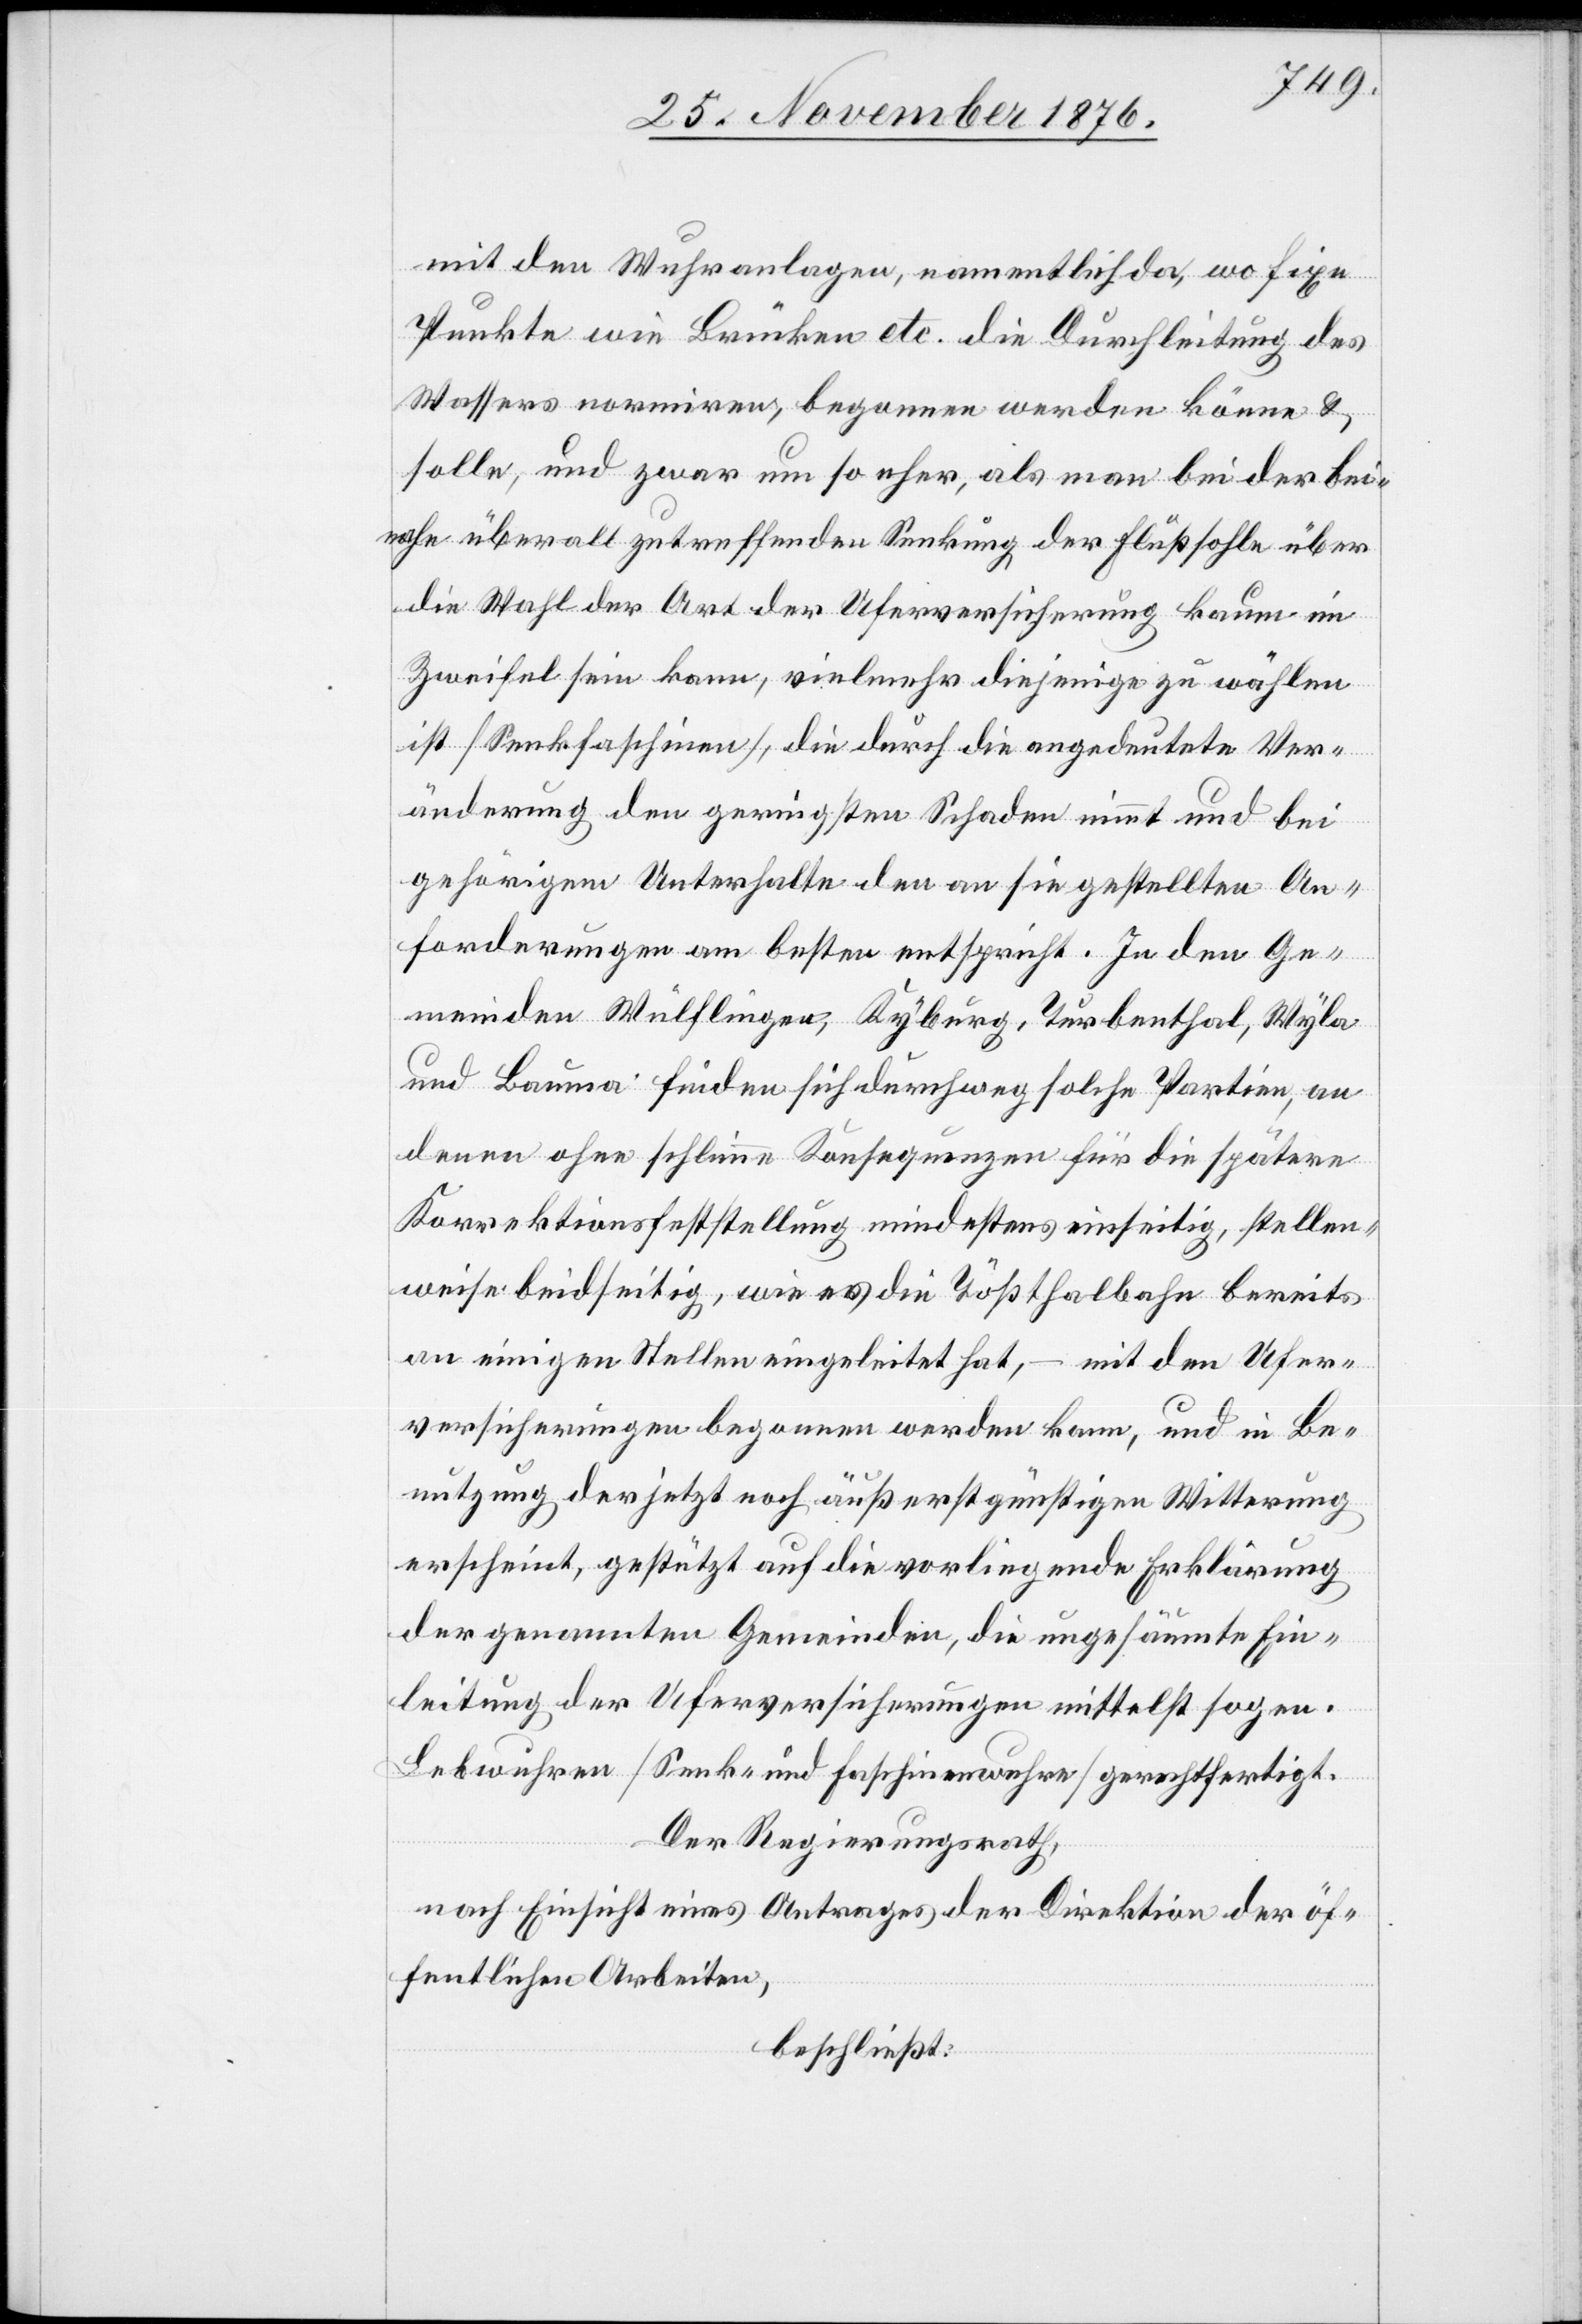
mit den Wuhranlagen, namentlich da, wo fixe
Punkte wie Brücken etc. die Durchleitung des
Wassers normiren begonnen werden könne &
solle, und zwar um so eher, als man bei der bei¬
nahe überall zutreffenden Senkung der Flußsohle über
die Wahl der Art der Uferversicherung kaum im
Zweifel sein kann, vielmehr diejenige zu wählen
ist [Senkfaschinen], die durch die angedeutete Ver¬
änderung den geringsten Schaden nimmt und bei
gehörigem Unterhalte den an sie gestellten An¬
forderungen am besten entspricht. In den Ge¬
meinden Wülflingen, Kyburg, Turbenthal, Wyla
und Bauma finden sich durchweg solche Partien, an
denen ohne schlimme Konsequenzen für die spätere
Korrektionsfeststellung mindestens einseitig, stellen¬
weise beidseitig, wie es die Tößthalbahn bereits
an einigen Stellen eingeleitet hat, – mit den Ufer¬
versicherungen begonnen werden kann, und in Be¬
nutzung der jetzt noch äußerst günstigen Witterung
erscheint, gestützt auf die vorliegende Erklärung
der genannten Gemeinden, die ungesäumte Ein¬
leitung der Uferversicherungen mittelst sogen.
Lebwuhren [Senk- und Faschinenwuhre] gerechtfertigt.
Der Regierungsrath,
nach Einsicht eines Antrages der Direktion der öf¬
fentlichen Arbeiten,
beschließt: